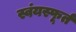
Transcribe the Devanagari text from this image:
स्वंयस्फूर्त